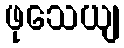
ဖုသေယျ